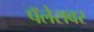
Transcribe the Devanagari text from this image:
पॅलेसवर